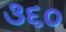
૩૬૦